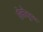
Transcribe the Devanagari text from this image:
शेतीतूनच